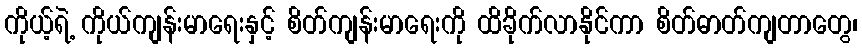
ကိုယ့်ရဲ့ ကိုယ်ကျန်းမာရေးနှင့် စိတ်ကျန်းမာရေးကို ထိခိုက်လာနိုင်ကာ စိတ်ဓာတ်ကျတာတွေ၊